Vaccine operations Central Provinces 1868-1885 - 1868-1885
Year: 1868
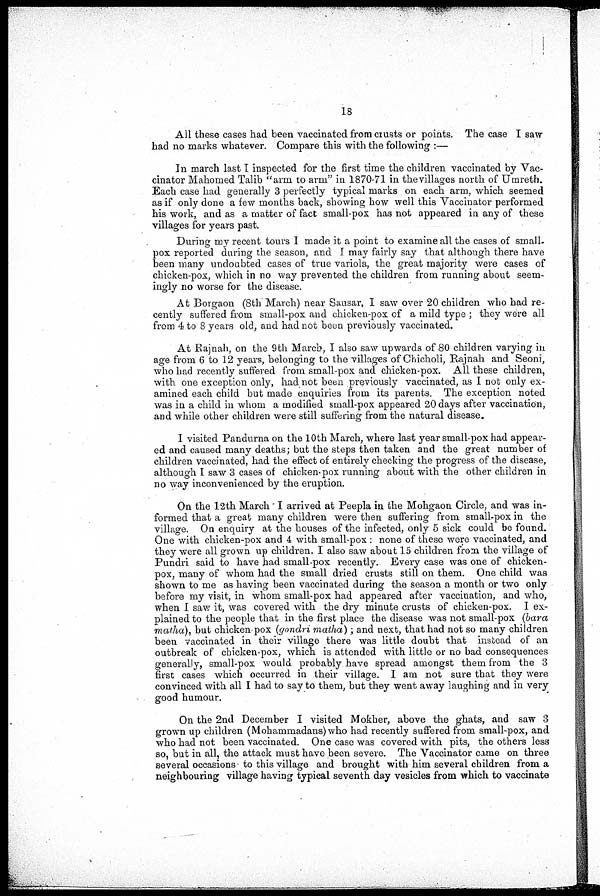
18
All these cases had been vaccinated from crusts or points. The case I saw
had no marks whatever. Compare this with the following :—
In march last I inspected for the first time the children vaccinated by Vac-
cinator Mahomed Talib "arm to arm" in 1870-71 in the villages north of Umreth.
Each case had generally 3 perfectly typical marks on each arm, which seemed
as if only done a few months back, showing how well this Vaccinator performed
his work, and as a matter of fact small-pox has not appeared in any of these
villages for years past.
During my recent tours I made it a point to examine all the cases of small-
pox reported during the season, and I may fairly say that although there have
been many undoubted cases of true variola, the great majority were cases of
chicken-pox, which in no way prevented the children from running about seem-
ingly no worse for the disease.
At Borgaon (8th March) near Sausar, I saw over 20 children who had re-
cently suffered from small-pox and chicken-pox of a mild type ; they were all
from 4 to 8 years old, and had not been previously vaccinated.
At Rajnah, on the 9th March, I also saw upwards of 80 children varying in
age from 6 to 12 years, belonging to the villages of Chicholi, Rajnah and Seoni,
who had recently suffered from small-pox and chicken-pox. All these children,
with one exception only, had not been previously vaccinated, as I not only ex-
amined each child but made enquiries from its parents. The exception noted
was in a child in whom a modified small-pox appeared 20 days after vaccination,
and while other children were still suffering from the natural disease.
I visited Pandurna on the 10th March, where last year small-pox had appear-
ed and caused many deaths; but the steps then taken and the great number of
children vaccinated, had the effect of entirely checking the progress of the disease,
although I saw 3 cases of chicken-pox running about with the other children in
no way inconvenienced by the eruption.
On the 12th March I arrived at Peepla in the Mohgaon Circle, and was in-
formed that a great many children were then suffering from small-pox in the
village. On enquiry at the houses of the infected, only 5 sick could be found.
One with chicken-pox and 4 with small-pox : none of these were vaccinated, and
they were all grown up children. I also saw about 15 children from the village of
Pundri said to have had small-pox recently. Every case was one of chicken-
pox, many of whom had the small dried crusts still on them. One child was
shown to me as having been vaccinated during the season a month or two only
before my visit, in whom small-pox had appeared after vaccination, and who,
when I saw it, was covered with the dry minute crusts of chicken-pox. I ex-
plained to the people that in the first place the disease was not small-pox (bara
matha), but chicken pox (gondri matha); and next, that had not so many children
been vaccinated in their village there was little doubt that instead of an
outbreak of chicken-pox, which is attended with little or no bad consequences
generally, small-pox would probably have spread amongst them from the 3
first cases which occurred in their village. I am not sure that they were
convinced with all I had to say to them, but they went away laughing and in very
good humour.
On the 2nd December I visited Mokher, above the ghats, and saw 3
grown up children (Mohammadans)who had recently suffered from small-pox, and
who had not been vaccinated. One case was covered with pits, the others less
so, but in all, the attack must have been severe. The Vaccinator came on three
several occasions to this village and brought with him several children from a
neighbouring village having typical seventh day vesicles from which to vaccinate